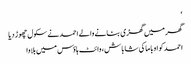
‘
گھر میں گھڑی بنانے والے احمد نے سکول چھوڑ دیا
احمد کو اوباما کی شاباش، وائٹ ہاؤس میں بلاوا